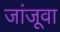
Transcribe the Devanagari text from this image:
जांजूवा